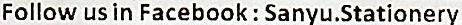
FOLLOW US IN FACEBOOK : SANYU.STATIONERY